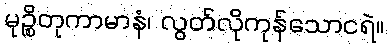
မုဉ္စိတုကာမာနံ၊ လွတ်လိုကုန်သောငရဲ။